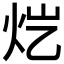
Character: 𬉽